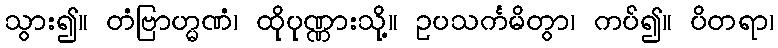
သွား၍။ တံဗြာဟ္မဏံ၊ ထိုပုဏ္ဏားသို့။ ဥပသင်္ကမိတွာ၊ ကပ်၍။ ပိတရာ၊